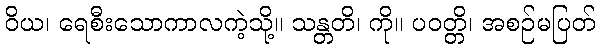
ဝိယ၊ ရေစီးသောကာလကဲ့သို့။ သန္တတိ၊ ကို။ ပဝတ္တိ၊ အစဉ်မပြတ်